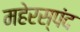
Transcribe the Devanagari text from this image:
महेरस्पंद